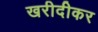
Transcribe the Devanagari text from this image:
खरीदीकर